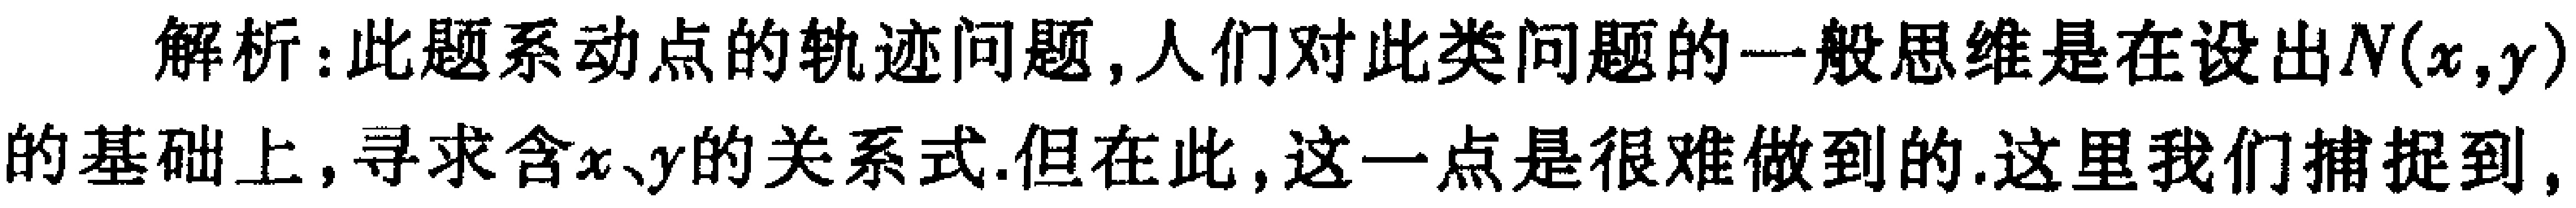
解析：此题系动点的轨迹问题，人们对此类问题的一般思维是在设出\(N(x,y)\)的基础上，寻求含\(x、y\)的关系式.但在此，这一点是很难做到的.这里我们捕捉到,